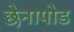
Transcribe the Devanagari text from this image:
छेनापोड